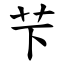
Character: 芐